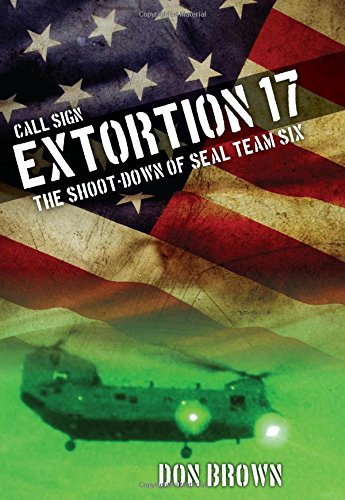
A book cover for Call Sign Extortion 17: The Shoot-Down of SEAL Team Six; Don Brown; History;